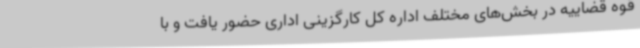
قوه قضاییه در بخش‌های مختلف اداره کل کارگزینی اداری حضور یافت و با